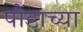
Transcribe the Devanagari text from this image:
पौंडाच्या